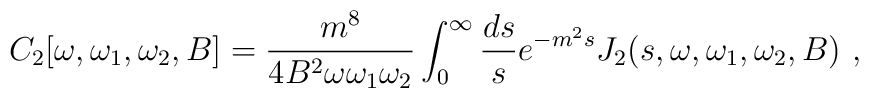
C_2[\omega,\omega_1,\omega_2,B]={m^8 \over 4 B^2 \omega \omega_1 \omega_2}\int_0^{\infty} {ds \over s} e^{-m^2 s} J_2(s,\omega,\omega_1,\omega_2,B)~,